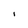
Character: I